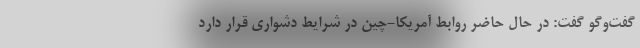
گفت‌وگو گفت: در حال حاضر روابط آمریکا-چین در شرایط دشواری قرار دارد